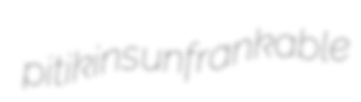
pitikins unfrankable